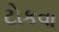
ટોકવા